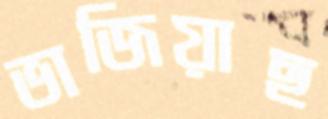
ভাজিয়াছ